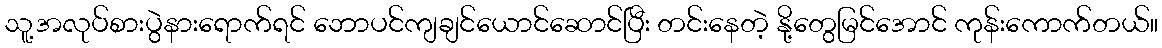
သူ့အလုပ်စားပွဲနားရောက်ရင် ဘောပင်ကျချင်ယောင်ဆောင်ပြီး တင်းနေတဲ့ နို့တွေမြင်အောင် ကုန်းကောက်တယ်။